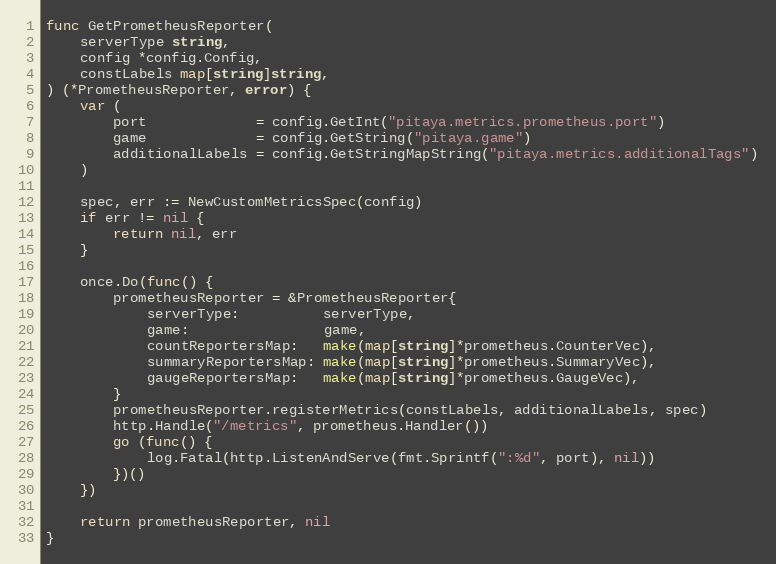
Language: Go
func GetPrometheusReporter(
	serverType string,
	config *config.Config,
	constLabels map[string]string,
) (*PrometheusReporter, error) {
	var (
		port             = config.GetInt("pitaya.metrics.prometheus.port")
		game             = config.GetString("pitaya.game")
		additionalLabels = config.GetStringMapString("pitaya.metrics.additionalTags")
	)

	spec, err := NewCustomMetricsSpec(config)
	if err != nil {
		return nil, err
	}

	once.Do(func() {
		prometheusReporter = &PrometheusReporter{
			serverType:          serverType,
			game:                game,
			countReportersMap:   make(map[string]*prometheus.CounterVec),
			summaryReportersMap: make(map[string]*prometheus.SummaryVec),
			gaugeReportersMap:   make(map[string]*prometheus.GaugeVec),
		}
		prometheusReporter.registerMetrics(constLabels, additionalLabels, spec)
		http.Handle("/metrics", prometheus.Handler())
		go (func() {
			log.Fatal(http.ListenAndServe(fmt.Sprintf(":%d", port), nil))
		})()
	})

	return prometheusReporter, nil
}